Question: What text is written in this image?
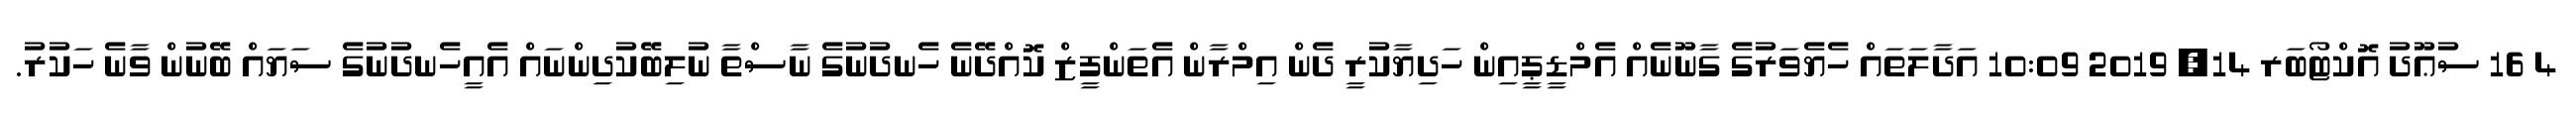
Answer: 4 16 ސުޢޫދު އޮކްޓޯބަރ 14, 2019 10:09 އަދާލަތައް ހެޔެވަރުގެ ގާނޫނެއް އެމްޑީޕީއިން ހަދިޔާކުރީ ދެން އިމްރާން އެތަންފީޒް ކޮއްދޭނެ ހެނދުނުގެ ނާސްތާ ނުލިބޭކުދިންނައް އެއީހެނދުނުގެ ސަޔައް ބޭނުން ވާނެ ހަކުރު.